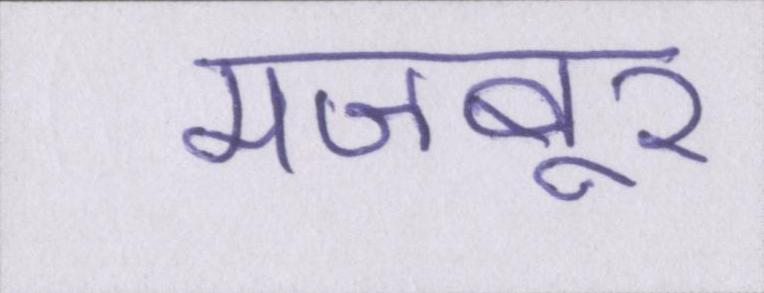
मजबूर